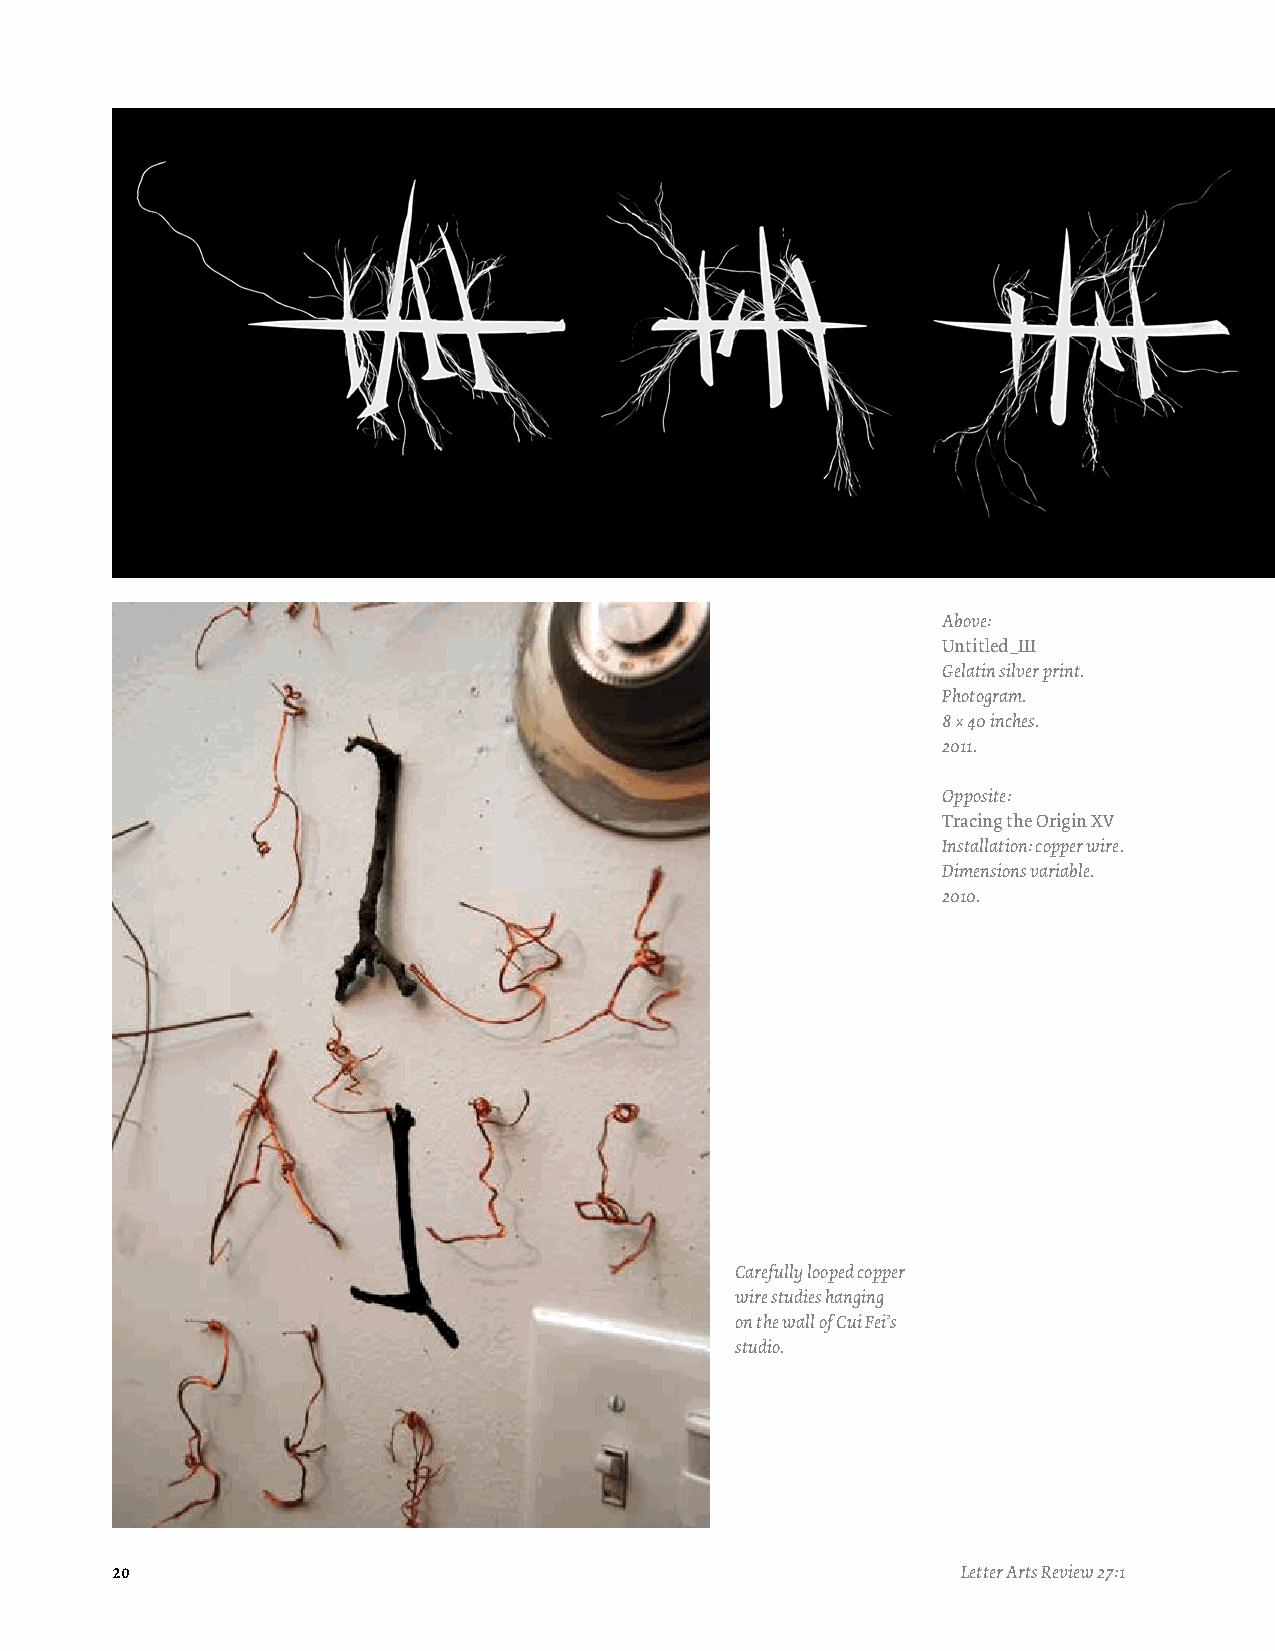
Above:
 Untitled_III
 Gelatin silver print.
 Photogram.
 8 × 40 inches.
 2011.
 Opposite:
 Tracing the Origin XV
 Installation: copper wire.
 Dimensions variable.
 2010.
 Carefully looped copper
 wire studies hanging
 on the wall of Cui Fei’s
 studio.
 20                                                       Letter Arts Review 27:1